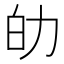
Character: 劰